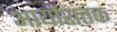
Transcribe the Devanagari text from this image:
आर्याशतक